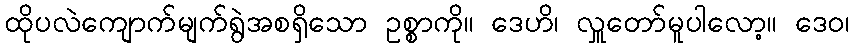
ထိုပလဲကျောက်မျက်ရွဲအစရှိသော ဥစ္စာကို။ ဒေဟိ၊ လှူတော်မူပါလော့။ ဒေဝ၊